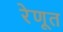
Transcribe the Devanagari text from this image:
रेणूत